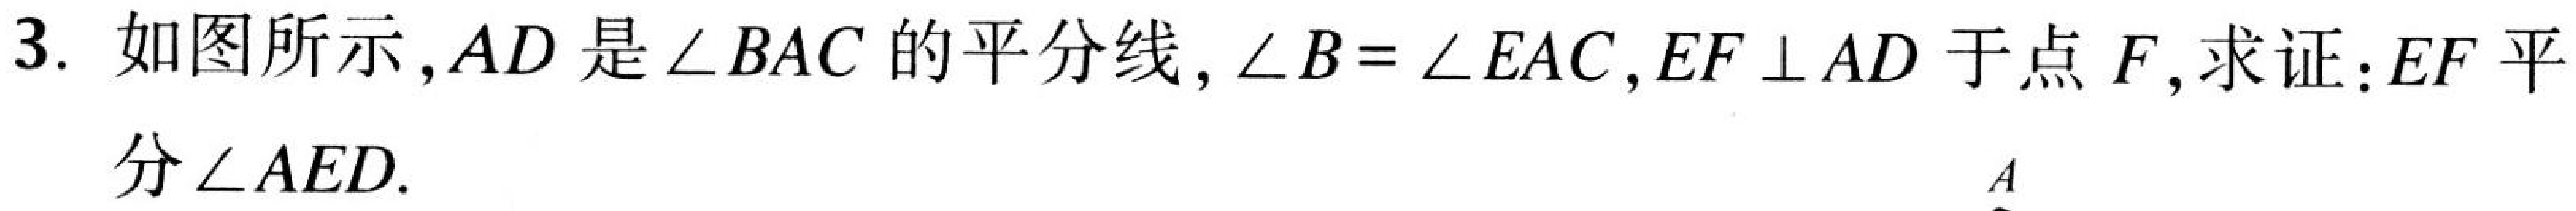
3. 如图所示，\(AD\)是\(\angle BAC\)的平分线，\(\angle B = \angle EAC\)，\(EF\perp AD\)于点\(F\)，求证：\(EF\)平分\(\angle AED\).